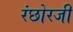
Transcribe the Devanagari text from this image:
रंछोरजी